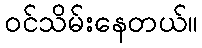
ဝင်သိမ်းနေတယ်။